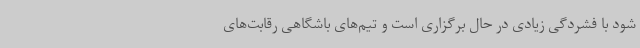
شود با فشردگی زیادی در حال برگزاری است و تیم‌های باشگاهی رقابت‌های